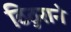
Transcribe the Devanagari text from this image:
ठिठुराने